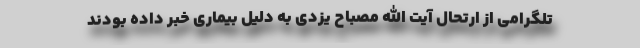
تلگرامی از ارتحال آیت الله مصباح یزدی به دلیل بیماری خبر داده بودند